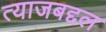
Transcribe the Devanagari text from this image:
त्याजबद्दल